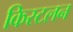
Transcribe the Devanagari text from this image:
किस्टलन